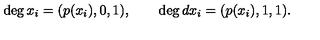
\deg x _ { i } = ( p ( x _ { i } ) , 0 , 1 ) , \qquad \deg d x _ { i } = ( p ( x _ { i } ) , 1 , 1 ) .